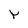
Character: Y